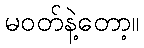
မဝတ်နဲ့တော့။